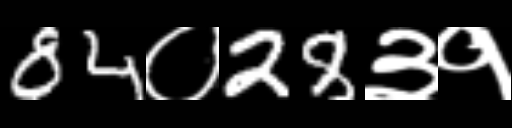
Text: 84०28३१